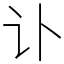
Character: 讣